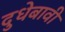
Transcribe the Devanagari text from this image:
दुधेबावी